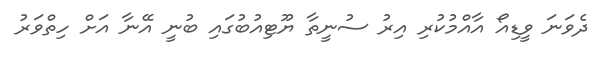
ދެވަނަ ވީޑިއޯ އާއްމުކުރި އިރު ސުނީތާ ޔޫޓިއުބުގައި ބުނީ އޭނާ އަށް ހިތްވަރު